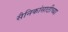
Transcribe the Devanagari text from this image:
सैनिकांसाठीच्या